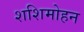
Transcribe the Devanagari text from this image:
शशिमोहन